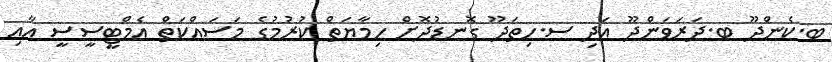
ބ.ކެންދޫ ބ.ދަރަވަންދޫ އަދި ސ.ހިތަދޫ ގޮނޑުދޮށް ހިމާޔަތް ކުރުމުގެ މަސައްކަތް އެމްޓީސީސީ އާއި